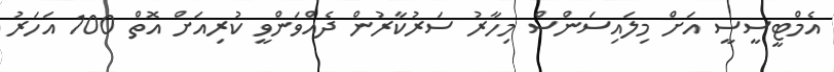
އެމްޓީސީސީ އަށް މިލައިސަންސް މިހާރު ސަރުކާރުން ދެއްވަންވީ ކުރިއަށް އޮތް 100 އަހަރު